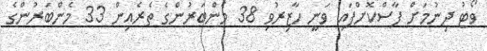
ވޯޓު ދިނުމަށް ފާސްކޮށްފައި ވަނީ ހާޒިރުވި 38 މެންބަރުންގެ ތެރެއިން 33 މެންބަރުންގެ